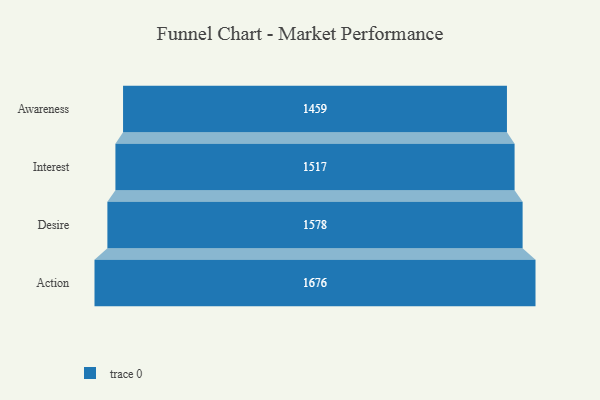
{"axis": {"x": "Stage", "y": "Value"}, "legend": [""], "data": [{"x": "Awareness", "y": 1459.0, "type": ""}, {"x": "Interest", "y": 1517.0, "type": ""}, {"x": "Desire", "y": 1578.0, "type": ""}, {"x": "Action", "y": 1676.0, "type": ""}]}